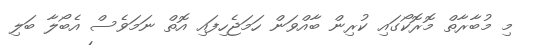
މި މުބާރާތް މޮރޮކޯގައި ކުރިން ބާއްވަން ހަމަޖެހިފައި އޮތް ނަމަވެސް އެބޯލާ ބަލި